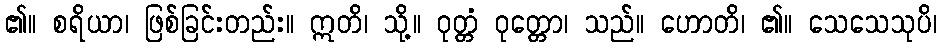
၏။ စရိယာ၊ ဖြစ်ခြင်းတည်း။ ဣတိ၊ သို့။ ဝုတ္တံ ဝုတ္တော၊ သည်။ ဟောတိ၊ ၏။ သေသေသုပိ၊